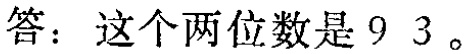
答：这个两位数是$93$。